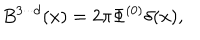
LaTeX: B ^ { 3 \cdot \cdot \cdot d } ( x ) = 2 \pi \Phi ^ { ( 0 ) } \delta ( x ) ,